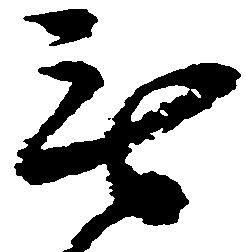
無